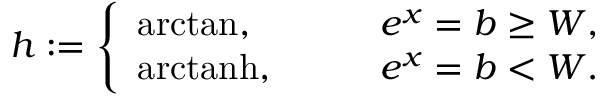
h : = \left\{ \begin{array} { l l } { \mathrm { a r c t a n } , \quad \quad } & { e ^ { x } = b \geq W , } \\ { \mathrm { a r c t a n h } , \quad \quad } & { e ^ { x } = b < W . } \end{array} \right.